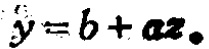
\(y = b + ax。\)